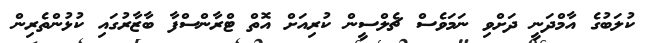
ކުލަބުގެ އާމްދަނީ ދަށްވި ނަމަވެސް ޗެލްސީން ކުރިއަށް އޮތް ޓްރާންސްފާ ބާޒާރުގައި ކުޅުންތެރިން